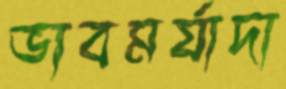
ভাবমর্যাদা